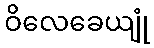
ဝိလေခေယျုံ